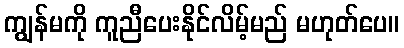
ကျွန်မကို ကူညီပေးနိုင်လိမ့်မည် မဟုတ်ပေ။